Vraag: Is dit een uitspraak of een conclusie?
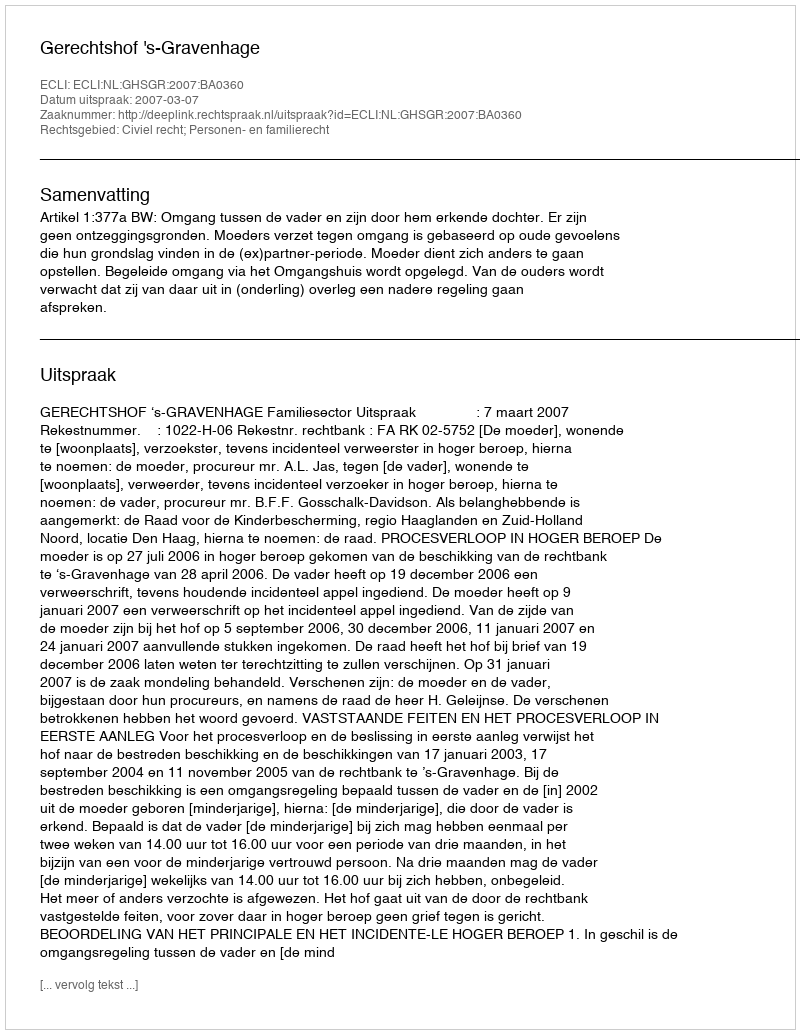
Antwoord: Uitspraak